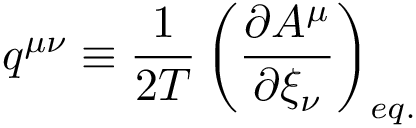
q ^ { \mu \nu } \equiv \frac { 1 } { 2 T } \left( \frac { \partial A ^ { \mu } } { \partial { \xi } _ { \nu } } \right) _ { e q . }